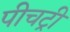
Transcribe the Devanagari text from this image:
पीचट्री